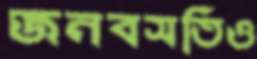
জনবসতিও